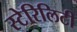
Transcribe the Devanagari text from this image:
स्टेरिलिटी